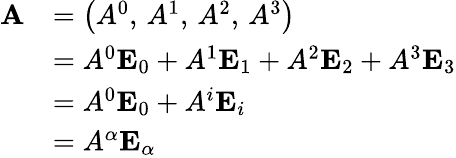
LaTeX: {\begin{array}{rl}{\mathbf{A}}&{=\left(A^{0},\, A^{1},\, A^{2},\, A^{3}\right)}\\ &{=A^{0}\mathbf{E}_{0}+A^{1}\mathbf{E}_{1}+A^{2}\mathbf{E}_{2}+A^{3}\mathbf{E}_{3}}\\ &{=A^{0}\mathbf{E}_{0}+A^{i}\mathbf{E}_{i}}\\ &{=A^{\alpha}\mathbf{E}_{\alpha}}\end{array}}